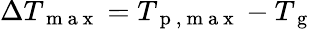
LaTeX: \Delta T_{\mathrm{~m~a~x~}}=T_{\mathrm{~p~,~m~a~x~}}-T_{\mathrm{~g~}}